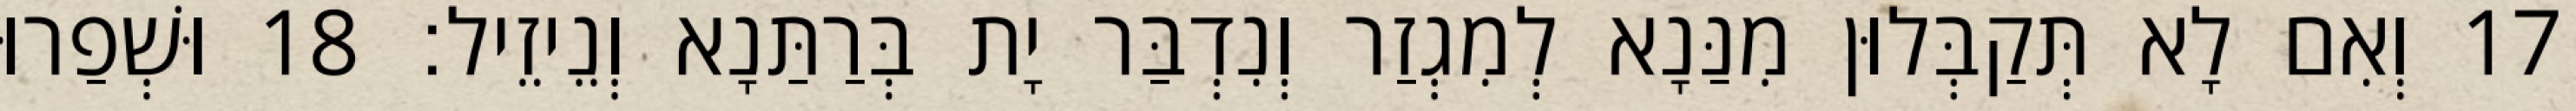
17 וְאִם לָא תְּקַבְּלוּן מִנַּנָא לְמִגְזַר וְנִדְבַּר יָת בְּרַתַּנָא וְנֵיזֵיל׃ 18 וּשְׁפַרוּ